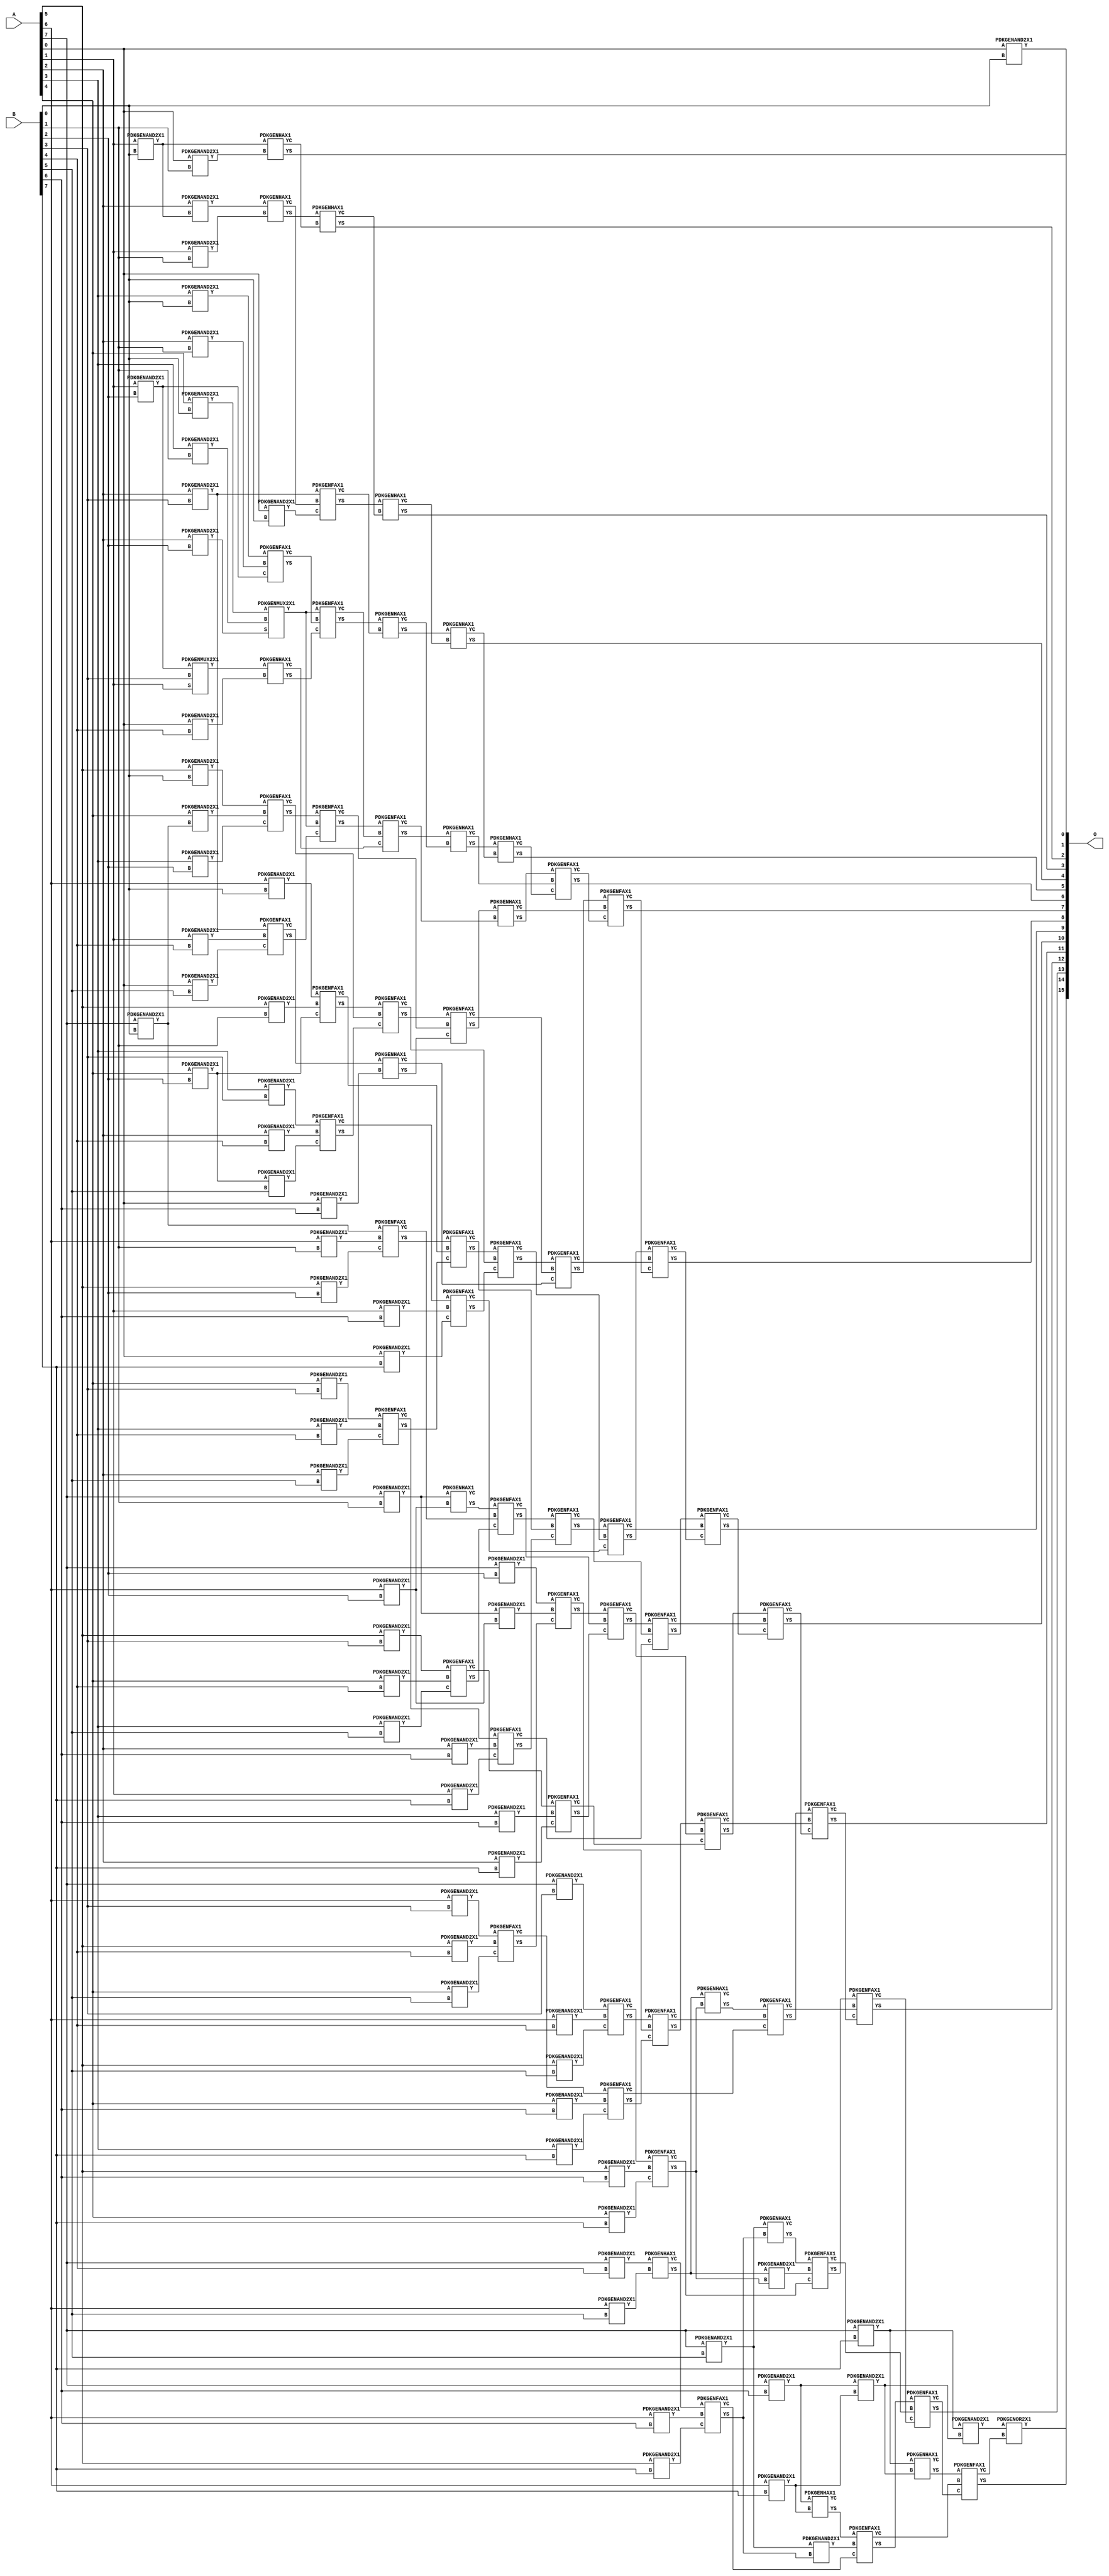
// Library = EvoApprox8b
// Circuit = mul8_076
// Area   (180) = 9032
// Delay  (180) = 3.750
// Power  (180) = 4953.90
// Area   (45) = 648
// Delay  (45) = 1.420
// Power  (45) = 427.70
// Nodes = 132
// HD = 150403
// MAE = 30.35547
// MSE = 1713.00000
// MRE = 1.09 %
// WCE = 132
// WCRE = 800 %
// EP = 85.0 %

module mul8_076(A, B, O);
  input [7:0] A;
  input [7:0] B;
  output [15:0] O;
  wire [2031:0] N;

  assign N[0] = A[0];
  assign N[1] = A[0];
  assign N[2] = A[1];
  assign N[3] = A[1];
  assign N[4] = A[2];
  assign N[5] = A[2];
  assign N[6] = A[3];
  assign N[7] = A[3];
  assign N[8] = A[4];
  assign N[9] = A[4];
  assign N[10] = A[5];
  assign N[11] = A[5];
  assign N[12] = A[6];
  assign N[13] = A[6];
  assign N[14] = A[7];
  assign N[15] = A[7];
  assign N[16] = B[0];
  assign N[17] = B[0];
  assign N[18] = B[1];
  assign N[19] = B[1];
  assign N[20] = B[2];
  assign N[21] = B[2];
  assign N[22] = B[3];
  assign N[23] = B[3];
  assign N[24] = B[4];
  assign N[25] = B[4];
  assign N[26] = B[5];
  assign N[27] = B[5];
  assign N[28] = B[6];
  assign N[29] = B[6];
  assign N[30] = B[7];
  assign N[31] = B[7];

  PDKGENAND2X1 n32(.A(N[0]), .B(N[16]), .Y(N[32]));
  PDKGENAND2X1 n46(.A(N[2]), .B(N[16]), .Y(N[46]));
  PDKGENAND2X1 n60(.A(N[4]), .B(N[46]), .Y(N[60]));
  PDKGENAND2X1 n76(.A(N[6]), .B(N[16]), .Y(N[76]));
  PDKGENAND2X1 n90(.A(N[8]), .B(N[16]), .Y(N[90]));
  PDKGENAND2X1 n106(.A(N[10]), .B(N[16]), .Y(N[106]));
  PDKGENAND2X1 n120(.A(N[12]), .B(N[16]), .Y(N[120]));
  assign N[121] = N[120];
  PDKGENAND2X1 n134(.A(N[14]), .B(N[16]), .Y(N[134]));
  PDKGENAND2X1 n150(.A(N[0]), .B(N[18]), .Y(N[150]));
  PDKGENAND2X1 n164(.A(N[2]), .B(N[18]), .Y(N[164]));
  PDKGENAND2X1 n180(.A(N[4]), .B(N[18]), .Y(N[180]));
  PDKGENAND2X1 n194(.A(N[6]), .B(N[18]), .Y(N[194]));
  PDKGENAND2X1 n208(.A(N[8]), .B(N[134]), .Y(N[208]));
  PDKGENAND2X1 n224(.A(N[10]), .B(N[18]), .Y(N[224]));
  PDKGENAND2X1 n238(.A(N[12]), .B(N[18]), .Y(N[238]));
  PDKGENAND2X1 n254(.A(N[14]), .B(N[18]), .Y(N[254]));
  PDKGENAND2X1 n282(.A(N[2]), .B(N[20]), .Y(N[282]));
  assign N[283] = N[282];
  PDKGENAND2X1 n298(.A(N[4]), .B(N[20]), .Y(N[298]));
  PDKGENAND2X1 n312(.A(N[6]), .B(N[20]), .Y(N[312]));
  PDKGENAND2X1 n328(.A(N[8]), .B(N[20]), .Y(N[328]));
  assign N[329] = N[328];
  PDKGENAND2X1 n342(.A(N[10]), .B(N[20]), .Y(N[342]));
  assign N[343] = N[342];
  PDKGENAND2X1 n356(.A(N[12]), .B(N[20]), .Y(N[356]));
  PDKGENAND2X1 n372(.A(N[14]), .B(N[20]), .Y(N[372]));
  PDKGENAND2X1 n386(.A(N[0]), .B(N[16]), .Y(N[386]));
  PDKGENMUX2X1 n402(.A(N[283]), .B(N[22]), .S(N[2]), .Y(N[402]));
  PDKGENAND2X1 n416(.A(N[4]), .B(N[22]), .Y(N[416]));
  assign N[417] = N[416];
  PDKGENAND2X1 n432(.A(N[6]), .B(N[22]), .Y(N[432]));
  PDKGENAND2X1 n446(.A(N[8]), .B(N[22]), .Y(N[446]));
  PDKGENAND2X1 n460(.A(N[10]), .B(N[22]), .Y(N[460]));
  PDKGENAND2X1 n476(.A(N[12]), .B(N[22]), .Y(N[476]));
  PDKGENAND2X1 n490(.A(N[14]), .B(N[22]), .Y(N[490]));
  assign N[491] = N[490];
  PDKGENAND2X1 n506(.A(N[0]), .B(N[24]), .Y(N[506]));
  PDKGENAND2X1 n520(.A(N[2]), .B(N[24]), .Y(N[520]));
  PDKGENAND2X1 n534(.A(N[4]), .B(N[24]), .Y(N[534]));
  PDKGENAND2X1 n550(.A(N[6]), .B(N[24]), .Y(N[550]));
  PDKGENAND2X1 n564(.A(N[8]), .B(N[24]), .Y(N[564]));
  PDKGENAND2X1 n580(.A(N[10]), .B(N[24]), .Y(N[580]));
  PDKGENAND2X1 n594(.A(N[12]), .B(N[24]), .Y(N[594]));
  PDKGENAND2X1 n608(.A(N[14]), .B(N[24]), .Y(N[608]));
  PDKGENAND2X1 n624(.A(N[0]), .B(N[26]), .Y(N[624]));
  PDKGENAND2X1 n638(.A(N[329]), .B(N[26]), .Y(N[638]));
  PDKGENAND2X1 n654(.A(N[4]), .B(N[26]), .Y(N[654]));
  PDKGENAND2X1 n668(.A(N[6]), .B(N[26]), .Y(N[668]));
  PDKGENAND2X1 n682(.A(N[8]), .B(N[26]), .Y(N[682]));
  PDKGENAND2X1 n698(.A(N[10]), .B(N[26]), .Y(N[698]));
  PDKGENAND2X1 n712(.A(N[12]), .B(N[26]), .Y(N[712]));
  PDKGENAND2X1 n728(.A(N[14]), .B(N[26]), .Y(N[728]));
  PDKGENAND2X1 n742(.A(N[0]), .B(N[28]), .Y(N[742]));
  PDKGENAND2X1 n756(.A(N[2]), .B(N[28]), .Y(N[756]));
  PDKGENAND2X1 n772(.A(N[4]), .B(N[28]), .Y(N[772]));
  PDKGENAND2X1 n786(.A(N[6]), .B(N[28]), .Y(N[786]));
  PDKGENAND2X1 n802(.A(N[8]), .B(N[28]), .Y(N[802]));
  PDKGENAND2X1 n816(.A(N[10]), .B(N[28]), .Y(N[816]));
  PDKGENAND2X1 n832(.A(N[12]), .B(N[28]), .Y(N[832]));
  PDKGENAND2X1 n846(.A(N[14]), .B(N[28]), .Y(N[846]));
  PDKGENAND2X1 n860(.A(N[0]), .B(N[30]), .Y(N[860]));
  PDKGENAND2X1 n876(.A(N[2]), .B(N[30]), .Y(N[876]));
  PDKGENAND2X1 n890(.A(N[4]), .B(N[30]), .Y(N[890]));
  PDKGENAND2X1 n906(.A(N[6]), .B(N[30]), .Y(N[906]));
  PDKGENAND2X1 n920(.A(N[8]), .B(N[30]), .Y(N[920]));
  PDKGENAND2X1 n934(.A(N[10]), .B(N[30]), .Y(N[934]));
  PDKGENAND2X1 n950(.A(N[12]), .B(N[30]), .Y(N[950]));
  PDKGENAND2X1 n964(.A(N[14]), .B(N[30]), .Y(N[964]));
  PDKGENHAX1 n980(.A(N[46]), .B(N[150]), .YS(N[980]), .YC(N[981]));
  PDKGENHAX1 n994(.A(N[60]), .B(N[164]), .YS(N[994]), .YC(N[995]));
  PDKGENFAX1 n1008(.A(N[76]), .B(N[180]), .C(N[282]), .YS(N[1008]), .YC(N[1009]));
  PDKGENMUX2X1 n1024(.A(N[90]), .B(N[194]), .S(N[298]), .Y(N[1024]));
  assign N[1025] = N[1024];
  PDKGENFAX1 n1038(.A(N[106]), .B(N[208]), .C(N[312]), .YS(N[1038]), .YC(N[1039]));
  PDKGENFAX1 n1054(.A(N[121]), .B(N[224]), .C(N[328]), .YS(N[1054]), .YC(N[1055]));
  PDKGENFAX1 n1068(.A(N[134]), .B(N[238]), .C(N[343]), .YS(N[1068]), .YC(N[1069]));
  PDKGENAND2X1 n1082(.A(N[254]), .B(N[356]), .Y(N[1082]));
  PDKGENHAX1 n1098(.A(N[254]), .B(N[356]), .YS(N[1098]), .YC(N[1099]));
  PDKGENHAX1 n1112(.A(N[402]), .B(N[506]), .YS(N[1112]), .YC(N[1113]));
  PDKGENFAX1 n1128(.A(N[417]), .B(N[520]), .C(N[624]), .YS(N[1128]), .YC(N[1129]));
  PDKGENFAX1 n1142(.A(N[432]), .B(N[534]), .C(N[638]), .YS(N[1142]), .YC(N[1143]));
  PDKGENFAX1 n1156(.A(N[446]), .B(N[550]), .C(N[654]), .YS(N[1156]), .YC(N[1157]));
  PDKGENFAX1 n1172(.A(N[460]), .B(N[564]), .C(N[668]), .YS(N[1172]), .YC(N[1173]));
  PDKGENFAX1 n1186(.A(N[476]), .B(N[580]), .C(N[682]), .YS(N[1186]), .YC(N[1187]));
  PDKGENFAX1 n1202(.A(N[491]), .B(N[594]), .C(N[698]), .YS(N[1202]), .YC(N[1203]));
  PDKGENHAX1 n1232(.A(N[608]), .B(N[712]), .YS(N[1232]), .YC(N[1233]));
  PDKGENHAX1 n1246(.A(N[994]), .B(N[981]), .YS(N[1246]), .YC(N[1247]));
  PDKGENFAX1 n1260(.A(N[417]), .B(N[995]), .C(N[386]), .YS(N[1260]), .YC(N[1261]));
  PDKGENFAX1 n1276(.A(N[1024]), .B(N[1009]), .C(N[1112]), .YS(N[1276]), .YC(N[1277]));
  PDKGENFAX1 n1290(.A(N[1038]), .B(N[1025]), .C(N[1128]), .YS(N[1290]), .YC(N[1291]));
  PDKGENFAX1 n1306(.A(N[1054]), .B(N[1039]), .C(N[1142]), .YS(N[1306]), .YC(N[1307]));
  PDKGENFAX1 n1320(.A(N[1068]), .B(N[1055]), .C(N[1156]), .YS(N[1320]), .YC(N[1321]));
  PDKGENFAX1 n1334(.A(N[1098]), .B(N[1069]), .C(N[1172]), .YS(N[1334]), .YC(N[1335]));
  PDKGENFAX1 n1350(.A(N[372]), .B(N[1082]), .C(N[1186]), .YS(N[1350]), .YC(N[1351]));
  PDKGENHAX1 n1364(.A(N[1129]), .B(N[742]), .YS(N[1364]), .YC(N[1365]));
  PDKGENFAX1 n1380(.A(N[1143]), .B(N[756]), .C(N[860]), .YS(N[1380]), .YC(N[1381]));
  PDKGENFAX1 n1394(.A(N[1157]), .B(N[772]), .C(N[876]), .YS(N[1394]), .YC(N[1395]));
  PDKGENFAX1 n1408(.A(N[1173]), .B(N[786]), .C(N[890]), .YS(N[1408]), .YC(N[1409]));
  PDKGENFAX1 n1424(.A(N[1187]), .B(N[802]), .C(N[906]), .YS(N[1424]), .YC(N[1425]));
  PDKGENFAX1 n1438(.A(N[1203]), .B(N[816]), .C(N[920]), .YS(N[1438]), .YC(N[1439]));
  PDKGENFAX1 n1454(.A(N[1233]), .B(N[832]), .C(N[934]), .YS(N[1454]), .YC(N[1455]));
  PDKGENAND2X1 n1468(.A(N[846]), .B(N[950]), .Y(N[1468]));
  PDKGENHAX1 n1482(.A(N[846]), .B(N[950]), .YS(N[1482]), .YC(N[1483]));
  PDKGENHAX1 n1498(.A(N[1260]), .B(N[1247]), .YS(N[1498]), .YC(N[1499]));
  PDKGENHAX1 n1512(.A(N[1276]), .B(N[1261]), .YS(N[1512]), .YC(N[1513]));
  PDKGENFAX1 n1528(.A(N[1290]), .B(N[1277]), .C(N[1113]), .YS(N[1528]), .YC(N[1529]));
  PDKGENFAX1 n1542(.A(N[1306]), .B(N[1291]), .C(N[1364]), .YS(N[1542]), .YC(N[1543]));
  PDKGENFAX1 n1556(.A(N[1320]), .B(N[1307]), .C(N[1380]), .YS(N[1556]), .YC(N[1557]));
  PDKGENFAX1 n1572(.A(N[1334]), .B(N[1321]), .C(N[1394]), .YS(N[1572]), .YC(N[1573]));
  PDKGENFAX1 n1586(.A(N[1350]), .B(N[1335]), .C(N[1408]), .YS(N[1586]), .YC(N[1587]));
  PDKGENFAX1 n1602(.A(N[1202]), .B(N[1351]), .C(N[1424]), .YS(N[1602]), .YC(N[1603]));
  PDKGENAND2X1 n1616(.A(N[1232]), .B(N[1438]), .Y(N[1616]));
  PDKGENHAX1 n1632(.A(N[1232]), .B(N[1438]), .YS(N[1632]), .YC(N[1633]));
  PDKGENAND2X1 n1646(.A(N[728]), .B(N[1454]), .Y(N[1646]));
  PDKGENHAX1 n1660(.A(N[728]), .B(N[1454]), .YS(N[1660]), .YC(N[1661]));
  PDKGENHAX1 n1676(.A(N[1512]), .B(N[1499]), .YS(N[1676]), .YC(N[1677]));
  PDKGENHAX1 n1690(.A(N[1528]), .B(N[1513]), .YS(N[1690]), .YC(N[1691]));
  PDKGENHAX1 n1706(.A(N[1542]), .B(N[1529]), .YS(N[1706]), .YC(N[1707]));
  PDKGENFAX1 n1720(.A(N[1556]), .B(N[1543]), .C(N[1365]), .YS(N[1720]), .YC(N[1721]));
  PDKGENFAX1 n1734(.A(N[1572]), .B(N[1557]), .C(N[1381]), .YS(N[1734]), .YC(N[1735]));
  PDKGENFAX1 n1750(.A(N[1586]), .B(N[1573]), .C(N[1395]), .YS(N[1750]), .YC(N[1751]));
  PDKGENFAX1 n1764(.A(N[1602]), .B(N[1587]), .C(N[1409]), .YS(N[1764]), .YC(N[1765]));
  PDKGENFAX1 n1780(.A(N[1632]), .B(N[1603]), .C(N[1425]), .YS(N[1780]), .YC(N[1781]));
  PDKGENFAX1 n1794(.A(N[1660]), .B(N[1616]), .C(N[1439]), .YS(N[1794]), .YC(N[1795]));
  PDKGENFAX1 n1808(.A(N[1482]), .B(N[1646]), .C(N[1455]), .YS(N[1808]), .YC(N[1809]));
  PDKGENAND2X1 n1824(.A(N[964]), .B(N[1468]), .Y(N[1824]));
  PDKGENHAX1 n1838(.A(N[964]), .B(N[1468]), .YS(N[1838]), .YC(N[1839]));
  PDKGENHAX1 n1854(.A(N[1690]), .B(N[1677]), .YS(N[1854]), .YC(N[1855]));
  PDKGENFAX1 n1868(.A(N[1706]), .B(N[1691]), .C(N[1855]), .YS(N[1868]), .YC(N[1869]));
  PDKGENFAX1 n1882(.A(N[1720]), .B(N[1707]), .C(N[1869]), .YS(N[1882]), .YC(N[1883]));
  PDKGENFAX1 n1898(.A(N[1734]), .B(N[1721]), .C(N[1883]), .YS(N[1898]), .YC(N[1899]));
  PDKGENFAX1 n1912(.A(N[1750]), .B(N[1735]), .C(N[1899]), .YS(N[1912]), .YC(N[1913]));
  PDKGENFAX1 n1928(.A(N[1764]), .B(N[1751]), .C(N[1913]), .YS(N[1928]), .YC(N[1929]));
  PDKGENFAX1 n1942(.A(N[1780]), .B(N[1765]), .C(N[1929]), .YS(N[1942]), .YC(N[1943]));
  PDKGENFAX1 n1956(.A(N[1794]), .B(N[1781]), .C(N[1943]), .YS(N[1956]), .YC(N[1957]));
  PDKGENFAX1 n1972(.A(N[1808]), .B(N[1795]), .C(N[1957]), .YS(N[1972]), .YC(N[1973]));
  PDKGENFAX1 n1986(.A(N[1838]), .B(N[1809]), .C(N[1973]), .YS(N[1986]), .YC(N[1987]));
  PDKGENOR2X1 n2016(.A(N[1824]), .B(N[1987]), .Y(N[2016]));

  assign O[0] = N[32];
  assign O[1] = N[980];
  assign O[2] = N[1246];
  assign O[3] = N[1498];
  assign O[4] = N[1676];
  assign O[5] = N[1854];
  assign O[6] = N[1868];
  assign O[7] = N[1882];
  assign O[8] = N[1898];
  assign O[9] = N[1912];
  assign O[10] = N[1928];
  assign O[11] = N[1942];
  assign O[12] = N[1956];
  assign O[13] = N[1972];
  assign O[14] = N[1986];
  assign O[15] = N[2016];

endmodule
/* mod */
module PDKGENMUX2X1( input A, input B, input S, output Y );
    assign Y = (A & ~S) | (B & S);
endmodule
/* mod */
module PDKGENHAX1( input A, input B, output YS, output YC );
    assign YS = A ^ B;
    assign YC = A & B;
endmodule
/* mod */
module PDKGENOR2X1(input A, input B, output Y );
     assign Y = A | B;
endmodule
/* mod */
module PDKGENAND2X1(input A, input B, output Y );
     assign Y = A & B;
endmodule
/* mod */
module PDKGENFAX1( input A, input B, input C, output YS, output YC );
    assign YS = (A ^ B) ^ C;
    assign YC = (A & B) | (B & C) | (A & C);
endmodule